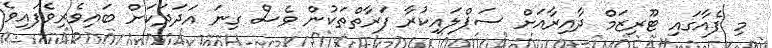
މި ފެއާގައި ޓޫރިޒަމް ދާއިރާއަށް ސަޕްލައިކުރާ ފަރާތްތަކުން ވެސް ގިނަ އަދަދަކަށް ބައިވެރިވެފައިވެ